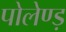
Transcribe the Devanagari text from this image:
पोलेण्ड़